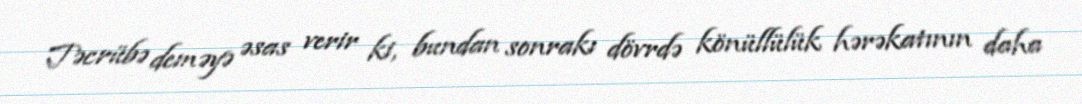
Təcrübə deməyə əsas verir ki, bundan sonrakı dövrdə könüllülük hərəkatının daha